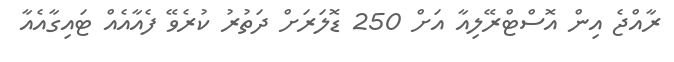
ރާއްޖެ އިން އޮސްޓްރޭލިއާ އަށް 250 ޑޮލަރަށް ދަތުރު ކުރެވޭ ފެއާއެއް ޓައިގާއެއާ